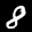
Label: 8